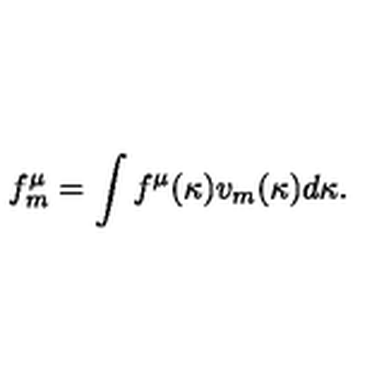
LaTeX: f _ { m } ^ { \mu } = \int f ^ { \mu } ( \kappa ) v _ { m } ( \kappa ) d \kappa .